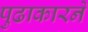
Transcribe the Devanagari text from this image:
पुढाकारने